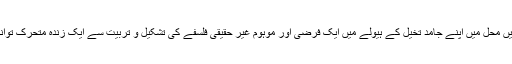
اور اپنے ذہن کے غیر سماجی مرمریں محل میں اپنے جامد تخیل کے ہیولے میں ایک فرضی اور موہوم غیر حقیقی فلسفے کی تشکیل و تربیت سے ایک زندہ متحرک توانا ادب کے پہاڑ کو روکنا چاہتے ہیں۔